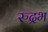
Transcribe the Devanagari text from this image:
रुद्रभ